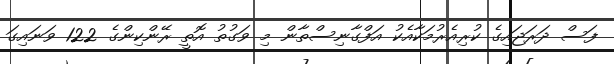
ފަސް ދަރަޖައިގެ ކުރިއެރުމަކާއެކު އަފްގާނިސްތާން މި ވަގުތު އޮތީ ރޭންކިންގެ 122 ވަނައިގަ